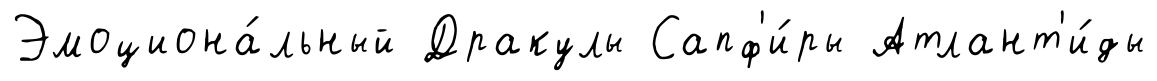
Эмоциона́льный Дракулы Сапф'и́ры Атлант'и́ды